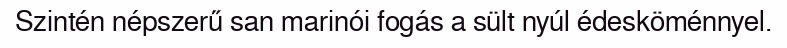
Szintén népszerű san marinói fogás a sült nyúl édesköménnyel.